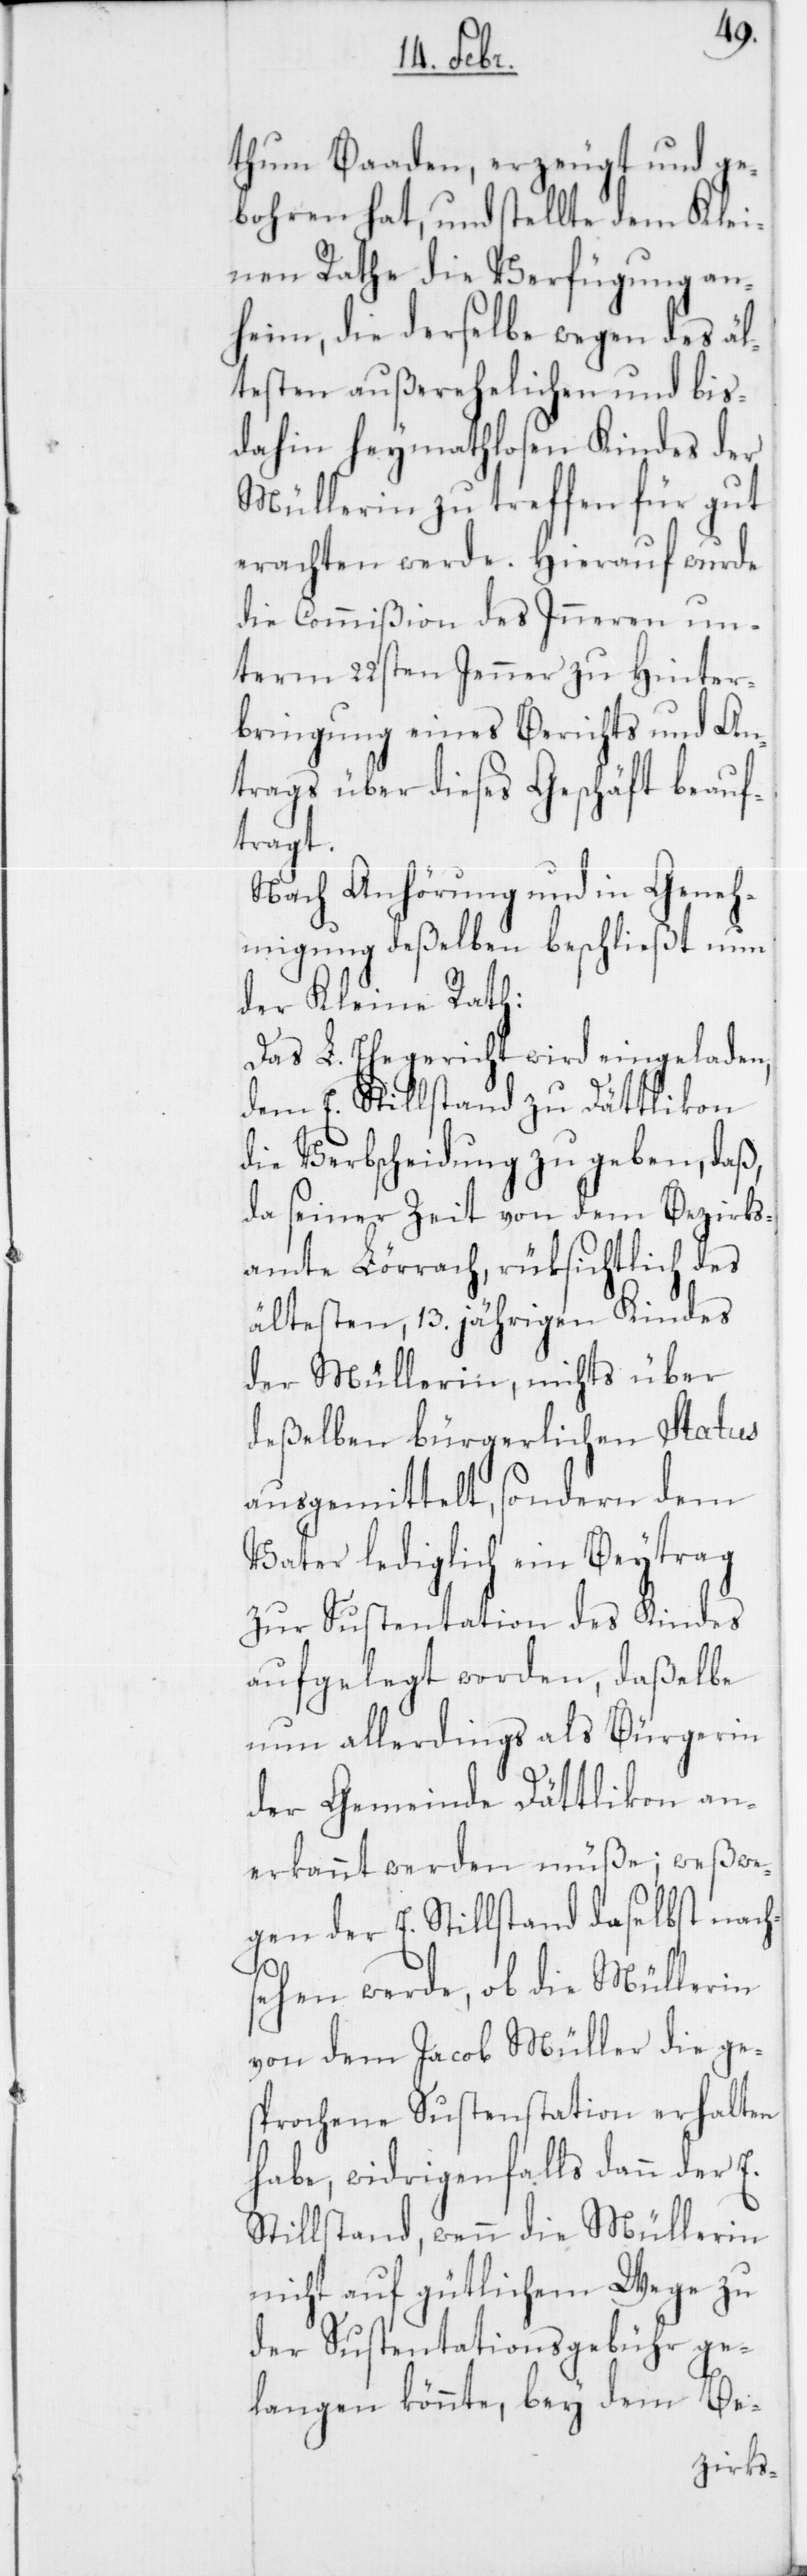
thum Baaden, erzeugt und ge¬
bohren hat, und stellte dem Klei¬
nen Rathe die Verfügung an¬
heim, die derselbe wegen des äl¬
testen außerehelichen und bis
dahin heymathlosen Kindes der
Müllerin zu treffen für gut
erachten werde. Hierauf wurde
die Commißion des Inneren un¬
term 22sten Jenner zu Hinter¬
bringung eines Berichts und An¬
trags über dieses Geschäft beauf¬
tragt.
Nach Anhörung und in Geneh¬
migung deßelben beschließt nun
der Kleine Rath:
Das L. Ehegericht wird eingeladen,
dem E. Stillstand zu Dättlikon
die Verbscheidung zu geben, daß,
da seiner Zeit von dem Bezirks¬
amte Lörrach, rüksichtlich des
ältesten, 13. jährigen Kindes
der Müllerin, nichts über
deßelben bürgerlichen Status
ausgemittelt, sondern dem
Vater lediglich ein Beytrag
zur Sustentation des Kindes
aufgelegt worden, daßelbe
nun allerdings als Bürgerin
der Gemeinde Dättlikon an¬
erkannt werden müße; weßwe¬
gen der E. Stillstand daselbst nach¬
sehen werde, ob die Müllerin
von dem Jacob Müller die ge¬
sprochene Sustentation erhalten
habe, widrigenfalls dann der E.
Stillstand, wenn die Müllerin
nicht auf gütlichem Wege zu
der Sustentationsgebühr ge¬
langen könnte, bey dem Be-